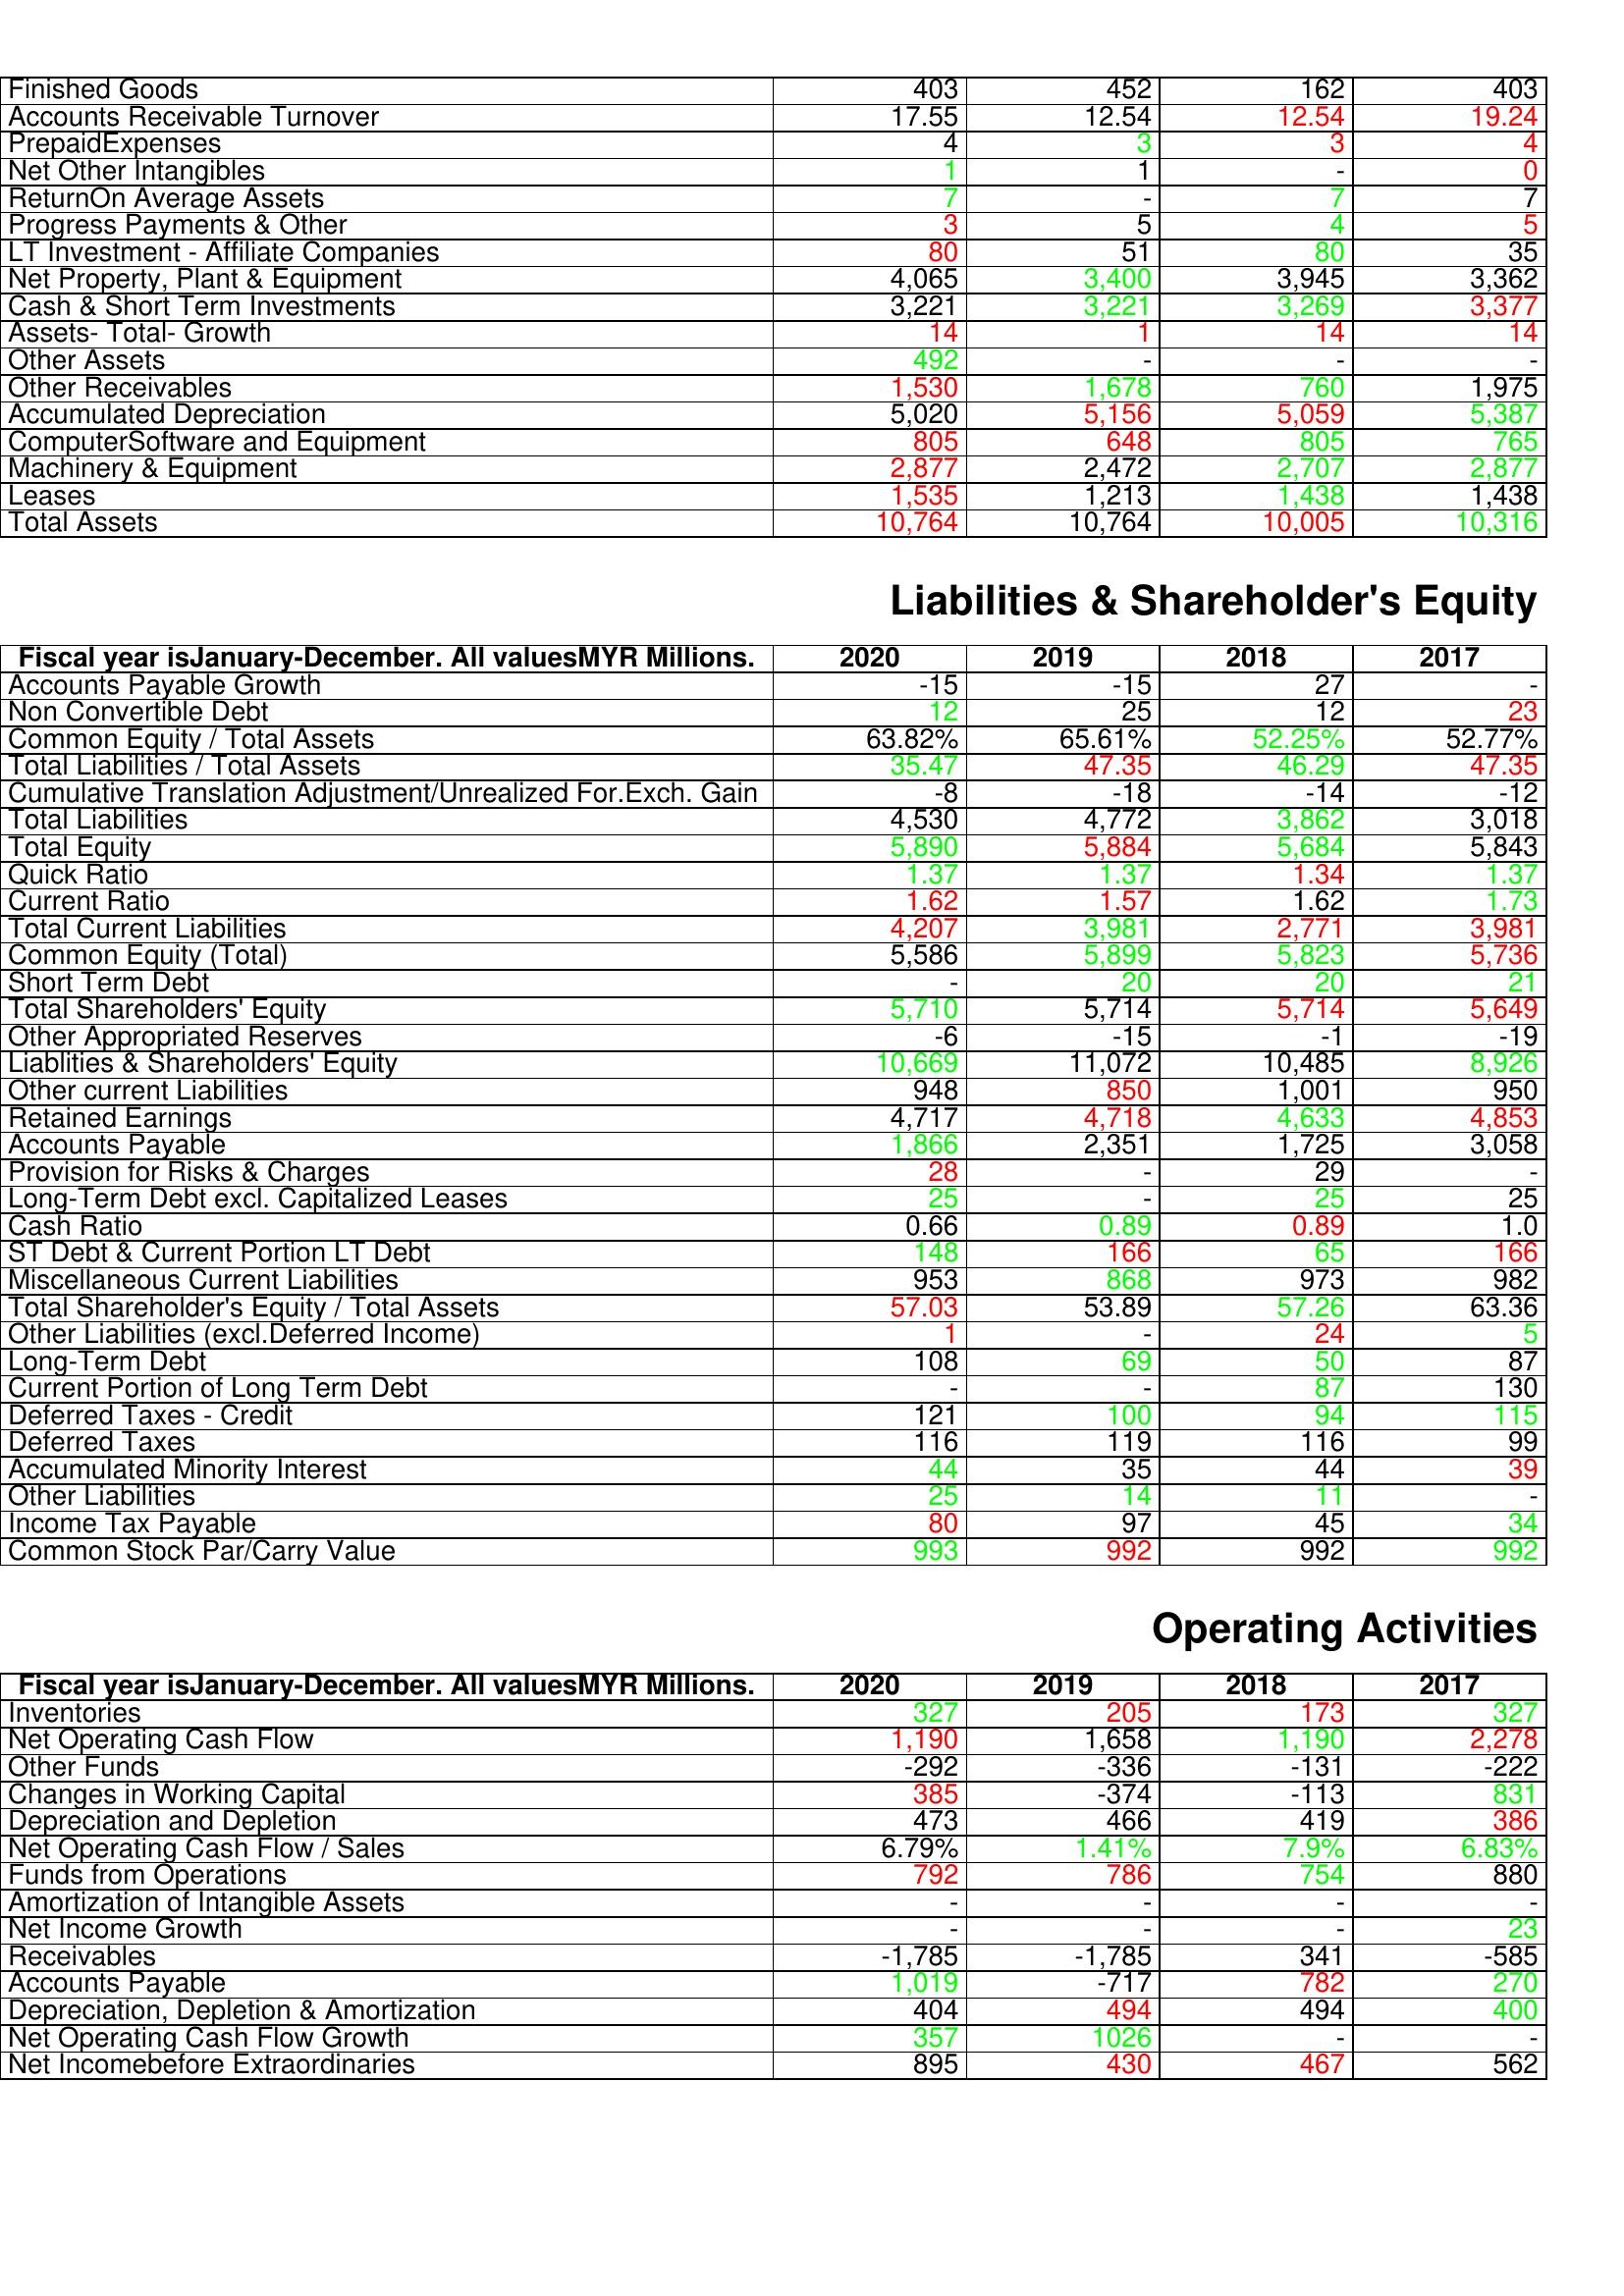
gt_parse: 2020: Assets: Finished Goods: 403
Accounts Receivable Turnover: 17.55
PrepaidExpenses: 4
Net Other Intangibles: 1
ReturnOn Average Assets: 7
Progress Payments & Other: 3
LT Investment - Affiliate Companies: 80
Net Property, Plant & Equipment: 4,065
Cash & Short Term Investments: 3,221
Assets- Total- Growth: 14
Other Assets: 492
Other Receivables: 1,530
Accumulated Depreciation: 5,020
ComputerSoftware and Equipment: 805
Machinery & Equipment: 2,877
Leases: 1,535
Total Assets: 10,764
Liabilities & Shareholder's Equity: Accounts Payable Growth: -15
Non Convertible Debt: 12
Common Equity / Total Assets: 63.82%
Total Liabilities / Total Assets: 35.47
Cumulative Translation Adjustment/Unrealized For.Exch. Gain: -8
Total Liabilities: 4,530
Total Equity: 5,890
Quick Ratio: 1.37
Current Ratio: 1.62
Total Current Liabilities: 4,207
Common Equity (Total): 5,586
Short Term Debt: -
Total Shareholders' Equity: 5,710
Other Appropriated Reserves: -6
Liablities & Shareholders' Equity: 10,669
Other current Liabilities: 948
Retained Earnings: 4,717
Accounts Payable: 1,866
Provision for Risks & Charges: 28
Long-Term Debt excl. Capitalized Leases: 25
Cash Ratio: 0.66
ST Debt & Current Portion LT Debt: 148
Miscellaneous Current Liabilities: 953
Total Shareholder's Equity / Total Assets: 57.03
Other Liabilities (excl.Deferred Income): 1
Long-Term Debt: 108
Current Portion of Long Term Debt: -
Deferred Taxes - Credit: 121
Deferred Taxes: 116
Accumulated Minority Interest: 44
Other Liabilities: 25
Income Tax Payable: 80
Common Stock Par/Carry Value: 993
Operating Activities: Inventories: 327
Net Operating Cash Flow: 1,190
Other Funds: -292
Changes in Working Capital: 385
Depreciation and Depletion: 473
Net Operating Cash Flow / Sales: 6.79%
Funds from Operations: 792
Amortization of Intangible Assets: -
Net Income Growth: -
Receivables: -1,785
Accounts Payable: 1,019
Depreciation, Depletion & Amortization: 404
Net Operating Cash Flow Growth: 357
Net Incomebefore Extraordinaries: 895
2019: Assets: Finished Goods: 452
Accounts Receivable Turnover: 12.54
PrepaidExpenses: 3
Net Other Intangibles: 1
ReturnOn Average Assets: -
Progress Payments & Other: 5
LT Investment - Affiliate Companies: 51
Net Property, Plant & Equipment: 3,400
Cash & Short Term Investments: 3,221
Assets- Total- Growth: 1
Other Assets: -
Other Receivables: 1,678
Accumulated Depreciation: 5,156
ComputerSoftware and Equipment: 648
Machinery & Equipment: 2,472
Leases: 1,213
Total Assets: 10,764
Liabilities & Shareholder's Equity: Accounts Payable Growth: -15
Non Convertible Debt: 25
Common Equity / Total Assets: 65.61%
Total Liabilities / Total Assets: 47.35
Cumulative Translation Adjustment/Unrealized For.Exch. Gain: -18
Total Liabilities: 4,772
Total Equity: 5,884
Quick Ratio: 1.37
Current Ratio: 1.57
Total Current Liabilities: 3,981
Common Equity (Total): 5,899
Short Term Debt: 20
Total Shareholders' Equity: 5,714
Other Appropriated Reserves: -15
Liablities & Shareholders' Equity: 11,072
Other current Liabilities: 850
Retained Earnings: 4,718
Accounts Payable: 2,351
Provision for Risks & Charges: -
Long-Term Debt excl. Capitalized Leases: -
Cash Ratio: 0.89
ST Debt & Current Portion LT Debt: 166
Miscellaneous Current Liabilities: 868
Total Shareholder's Equity / Total Assets: 53.89
Other Liabilities (excl.Deferred Income): -
Long-Term Debt: 69
Current Portion of Long Term Debt: -
Deferred Taxes - Credit: 100
Deferred Taxes: 119
Accumulated Minority Interest: 35
Other Liabilities: 14
Income Tax Payable: 97
Common Stock Par/Carry Value: 992
Operating Activities: Inventories: 205
Net Operating Cash Flow: 1,658
Other Funds: -336
Changes in Working Capital: -374
Depreciation and Depletion: 466
Net Operating Cash Flow / Sales: 1.41%
Funds from Operations: 786
Amortization of Intangible Assets: -
Net Income Growth: -
Receivables: -1,785
Accounts Payable: -717
Depreciation, Depletion & Amortization: 494
Net Operating Cash Flow Growth: 1026
Net Incomebefore Extraordinaries: 430
2018: Assets: Finished Goods: 162
Accounts Receivable Turnover: 12.54
PrepaidExpenses: 3
Net Other Intangibles: -
ReturnOn Average Assets: 7
Progress Payments & Other: 4
LT Investment - Affiliate Companies: 80
Net Property, Plant & Equipment: 3,945
Cash & Short Term Investments: 3,269
Assets- Total- Growth: 14
Other Assets: -
Other Receivables: 760
Accumulated Depreciation: 5,059
ComputerSoftware and Equipment: 805
Machinery & Equipment: 2,707
Leases: 1,438
Total Assets: 10,005
Liabilities & Shareholder's Equity: Accounts Payable Growth: 27
Non Convertible Debt: 12
Common Equity / Total Assets: 52.25%
Total Liabilities / Total Assets: 46.29
Cumulative Translation Adjustment/Unrealized For.Exch. Gain: -14
Total Liabilities: 3,862
Total Equity: 5,684
Quick Ratio: 1.34
Current Ratio: 1.62
Total Current Liabilities: 2,771
Common Equity (Total): 5,823
Short Term Debt: 20
Total Shareholders' Equity: 5,714
Other Appropriated Reserves: -1
Liablities & Shareholders' Equity: 10,485
Other current Liabilities: 1,001
Retained Earnings: 4,633
Accounts Payable: 1,725
Provision for Risks & Charges: 29
Long-Term Debt excl. Capitalized Leases: 25
Cash Ratio: 0.89
ST Debt & Current Portion LT Debt: 65
Miscellaneous Current Liabilities: 973
Total Shareholder's Equity / Total Assets: 57.26
Other Liabilities (excl.Deferred Income): 24
Long-Term Debt: 50
Current Portion of Long Term Debt: 87
Deferred Taxes - Credit: 94
Deferred Taxes: 116
Accumulated Minority Interest: 44
Other Liabilities: 11
Income Tax Payable: 45
Common Stock Par/Carry Value: 992
Operating Activities: Inventories: 173
Net Operating Cash Flow: 1,190
Other Funds: -131
Changes in Working Capital: -113
Depreciation and Depletion: 419
Net Operating Cash Flow / Sales: 7.9%
Funds from Operations: 754
Amortization of Intangible Assets: -
Net Income Growth: -
Receivables: 341
Accounts Payable: 782
Depreciation, Depletion & Amortization: 494
Net Operating Cash Flow Growth: -
Net Incomebefore Extraordinaries: 467
2017: Assets: Finished Goods: 403
Accounts Receivable Turnover: 19.24
PrepaidExpenses: 4
Net Other Intangibles: 0
ReturnOn Average Assets: 7
Progress Payments & Other: 5
LT Investment - Affiliate Companies: 35
Net Property, Plant & Equipment: 3,362
Cash & Short Term Investments: 3,377
Assets- Total- Growth: 14
Other Assets: -
Other Receivables: 1,975
Accumulated Depreciation: 5,387
ComputerSoftware and Equipment: 765
Machinery & Equipment: 2,877
Leases: 1,438
Total Assets: 10,316
Liabilities & Shareholder's Equity: Accounts Payable Growth: -
Non Convertible Debt: 23
Common Equity / Total Assets: 52.77%
Total Liabilities / Total Assets: 47.35
Cumulative Translation Adjustment/Unrealized For.Exch. Gain: -12
Total Liabilities: 3,018
Total Equity: 5,843
Quick Ratio: 1.37
Current Ratio: 1.73
Total Current Liabilities: 3,981
Common Equity (Total): 5,736
Short Term Debt: 21
Total Shareholders' Equity: 5,649
Other Appropriated Reserves: -19
Liablities & Shareholders' Equity: 8,926
Other current Liabilities: 950
Retained Earnings: 4,853
Accounts Payable: 3,058
Provision for Risks & Charges: -
Long-Term Debt excl. Capitalized Leases: 25
Cash Ratio: 1.0
ST Debt & Current Portion LT Debt: 166
Miscellaneous Current Liabilities: 982
Total Shareholder's Equity / Total Assets: 63.36
Other Liabilities (excl.Deferred Income): 5
Long-Term Debt: 87
Current Portion of Long Term Debt: 130
Deferred Taxes - Credit: 115
Deferred Taxes: 99
Accumulated Minority Interest: 39
Other Liabilities: -
Income Tax Payable: 34
Common Stock Par/Carry Value: 992
Operating Activities: Inventories: 327
Net Operating Cash Flow: 2,278
Other Funds: -222
Changes in Working Capital: 831
Depreciation and Depletion: 386
Net Operating Cash Flow / Sales: 6.83%
Funds from Operations: 880
Amortization of Intangible Assets: -
Net Income Growth: 23
Receivables: -585
Accounts Payable: 270
Depreciation, Depletion & Amortization: 400
Net Operating Cash Flow Growth: -
Net Incomebefore Extraordinaries: 562